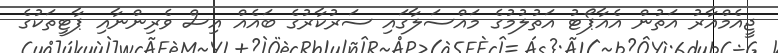
ޖީއެމްއާރު އަތުން އެއާޕޯޓު އަތުލުމުގެ މައްސަލާގައި ސަރުކާރުގެ ބައެއް އިސް ވެރިންނާއި ޕާޓީތަކުގެ